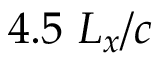
4 . 5 ~ L _ { x } / c